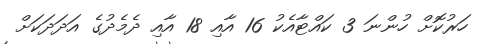
ހަރުކޮށް ހުންނަ 3 ކައްޓާއެކު 16 އާއި 18 އާއި ދެމެދުގެ އަދަދަކަށް